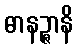
ဓာနဉ္ဇာနိ